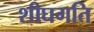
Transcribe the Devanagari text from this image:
शीघगति